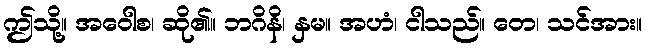
ဤသို့။ အဝေါစ၊ ဆို၏။ ဘဂိနိ၊ နှမ။ အဟံ၊ ငါသည်။ တေ၊ သင်အား။